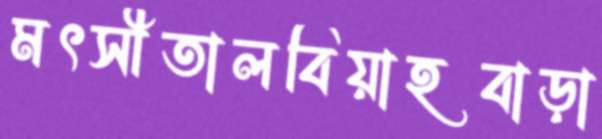
মৎসীতালবিয়াহবাড়া